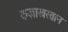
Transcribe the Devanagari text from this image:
कज़ाखस्तान